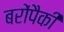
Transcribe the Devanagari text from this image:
बरोंपैकी